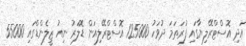
އަދި އޮސްޓްރޭލިޔާގައި ފުރަތަމަ ދުވަހު 125000 އޮސްޓްރޭލިއަން ޑޮލަރު ނިއު ޒީލެންޑްގައި 55000